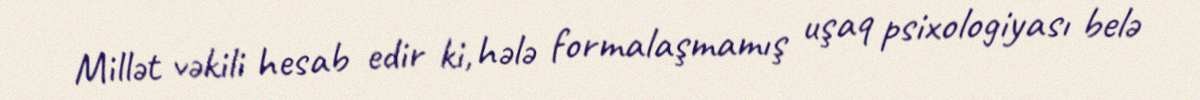
Millət vəkili hesab edir ki, hələ formalaşmamış uşaq psixologiyası belə